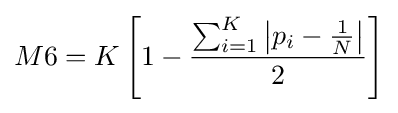
M6=K\left[1-{\frac {\sum _{i=1}^{K}\left|p_{i}-{\frac {1}{N}}\right|}{2}}\right]